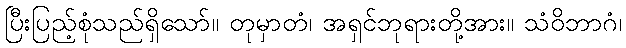
ပြီးပြည့်စုံသည်ရှိသော်။ တုမှာတံ၊ အရှင်ဘုရားတို့အား။ သံဝိဘာဂံ၊